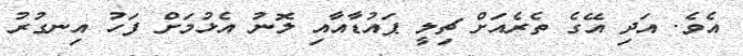
އެވެ. އަދި އޭގެ ތެރެއަށް ޗިލީ ޕައުޑާއާއި ލޮނު އެޅުމަށް ފަހު އިނގުރު